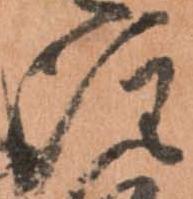
注